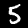
Label: 5